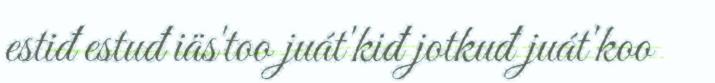
estiđ estuđ iäs'too juát'kiđ jotkuđ juát'koo